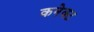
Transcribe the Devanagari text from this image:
कनेक्‍ट